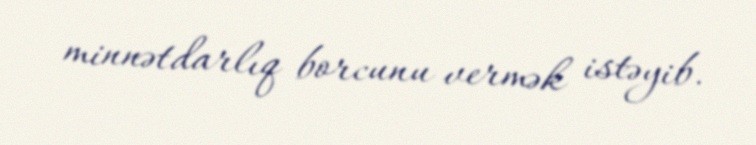
minnətdarlıq borcunu vermək istəyib.